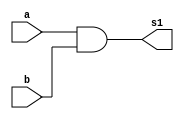
// ------------------------- 
// Exercicio 0009 - AND 
// Nome: Joo Henrique Mendes de Oliveira
// ------------------------- 
// ------------------------- 
// -- and gate 
// -------------------------
module andgate1 (output s1,input a,input b);
	assign s1 = a&b;
endmodule

module andgate ( output s, input s1,input c); 
	assign s = s1&c ; 
endmodule // andgate

// --------------------- 
// -- test and gate 
// --------------------- 
module testandgate; 
// ------------------------- dados locais 
 reg a, b, c; // definir registradores 
 wire s,s1; // definir conexao (fio) 
// ------------------------- instancia 
 andgate1 AND1 (s1, a, b); 
 andgate AND2 (s,s1,c);
// ------------------------- preparacao 
initial begin:start 
// atribuicao simultanea 
// dos valores iniciais 
	a=0; b=0;c=0 ;
end 
// ------------------------- parte principal 
initial begin 
	$display("Exercicio 0009 - Joo Henrique Mendes de Oliveira - 392734"); 
	$display("Test AND gate"); 
	$display("\na & b & c = s\n"); 
	a=0; b=0;c=0;
	$monitor("%b & %b & %b = %b", a, b, c, s); 
	#1 a=0;b=0;c=1;
	#1 a=0;b=1;c=0;
	#1 a=0;b=1;c=1;
	#1 a=1;b=0;c=0;
	#1 a=1;b=0;c=1;
	#1 a=1;b=1;c=0;
	#1 a=1;b=1;c=1;
 end 
endmodule // testnandgate